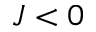
J < 0